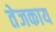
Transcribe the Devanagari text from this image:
तेजकाय